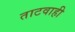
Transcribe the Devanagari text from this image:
ताटवाही